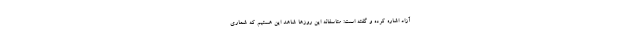
آزاد اشاره کرده و گفته است: متاسفانه این روزها شاهد این هستیم که شماری